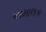
અમાલક